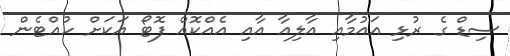
ސިޑް ގެ ރުޅި އައުމާއި އާލިއާ އާއި އެއްކޮއް ފޮޓޯ އަކަށް ހުއްޓެން